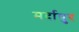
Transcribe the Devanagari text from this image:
मर्दापुर